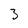
Character: 3